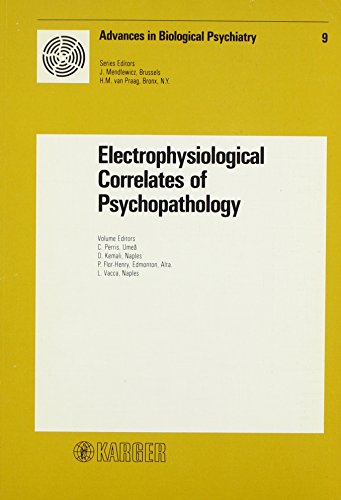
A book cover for Electrophysiological Correlates of Psychopathology: 3rd Symposium on Clinical Neurophysiological Aspects of Psychopathological Conditions, Stockholm, ... (Advances in Biological Psychiatry, Vol. 9); Science & Math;